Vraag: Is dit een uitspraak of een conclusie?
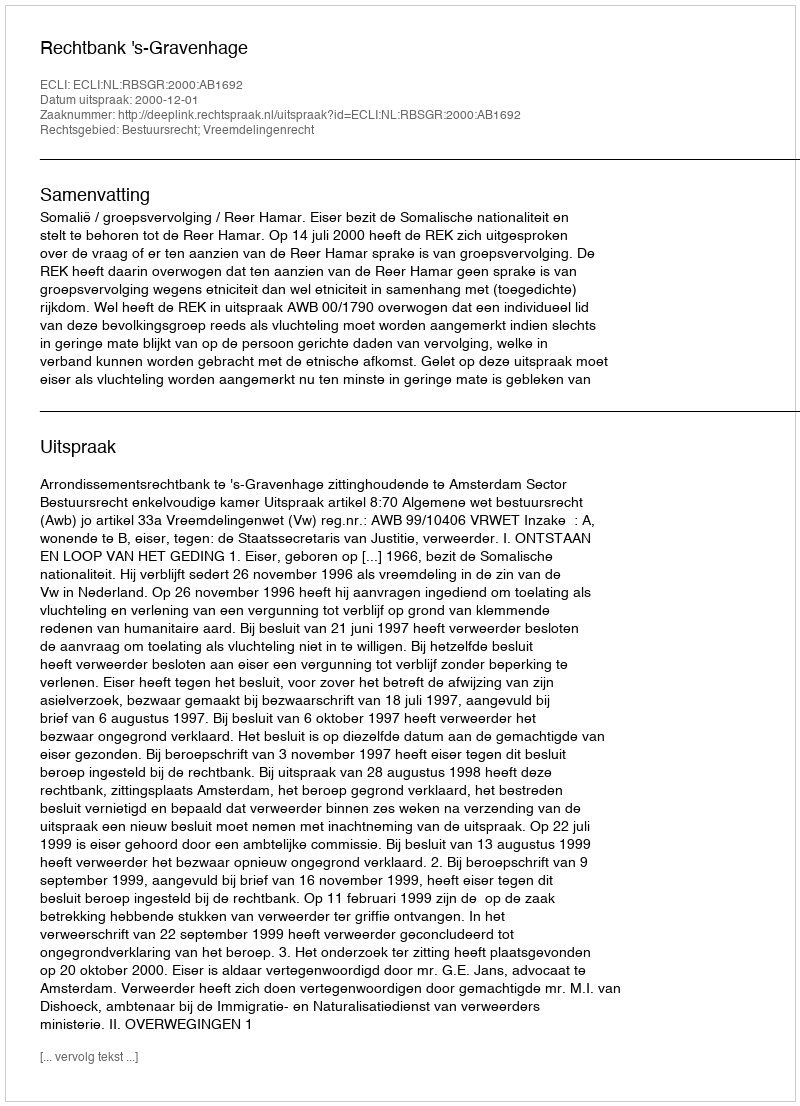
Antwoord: Uitspraak